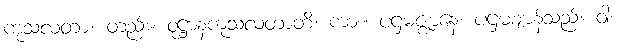
ကုသလတာ။ တည်း။ ဝုဋ္ဌာနကုသလတာတိ၊ ကား။ ပဌမဇ္ဈာနေ၊ ပဌမဈာန်သည်။ ဝါ၊